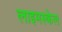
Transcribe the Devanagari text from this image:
लाइमस्केल